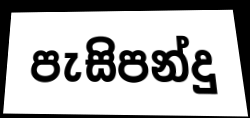
පැසිපන්දු